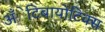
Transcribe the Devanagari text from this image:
अँेटिबायोटिक्स